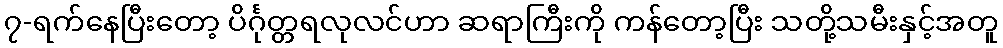
၇-ရက်နေပြီးတော့ ပိင်္ဂုတ္တရလုလင်ဟာ ဆရာကြီးကို ကန်တော့ပြီး သတို့သမီးနှင့်အတူ